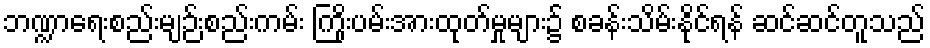
ဘဏ္ဍာရေးစည်းမျဉ်းစည်းကမ်း ကြိုးပမ်းအားထုတ်မှုများ၌ စခန်းသိမ်းနိုင်ရန် ဆင်ဆင်တူသည်